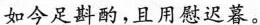
如今足斟酌，且用慰迟暮。